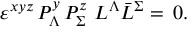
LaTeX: \varepsilon ^ { x y z } \, P _ { \Lambda } ^ { y } \, P _ { \Sigma } ^ { z } \, \, L ^ { \Lambda } \bar { L } ^ { \Sigma } = \, 0 .